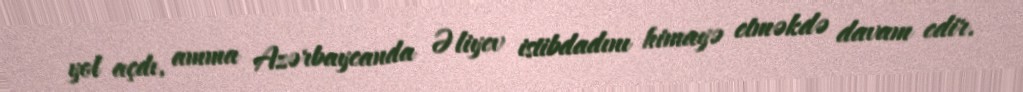
yol açdı, amma Azərbaycanda Əliyev istibdadını himayə etməkdə davam edir.